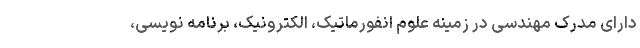
دارای مدرک مهندسی در زمینه علوم انفورماتیک، الکترونیک، برنامه نویسی،